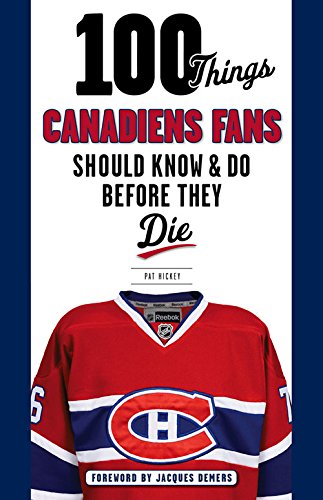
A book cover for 100 Things Canadiens Fans Should Know & Do Before They Die (100 Things...Fans Should Know); Pat Hickey; Sports & Outdoors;